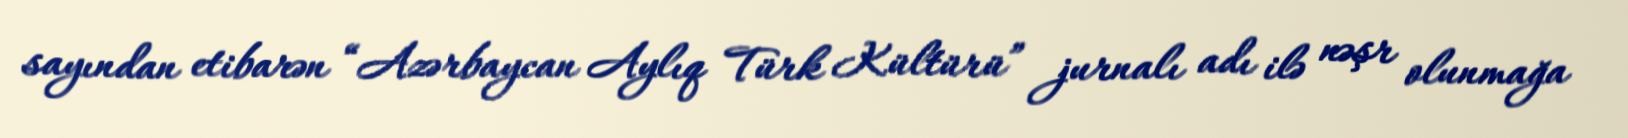
sayından etibarən “Azərbaycan Aylıq Türk Kültürü” jurnalı adı ilə nəşr olunmağa